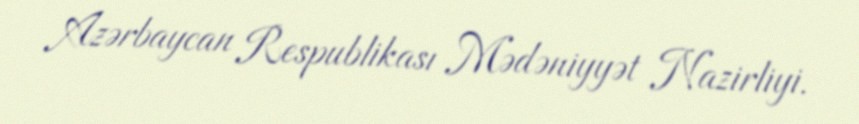
Azərbaycan Respublikası Mədəniyyət Nazirliyi.